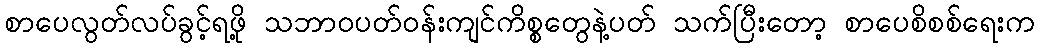
စာပေလွတ်လပ်ခွင့်ရဖို့ သဘာဝပတ်ဝန်းကျင်ကိစ္စတွေနဲ့ပတ် သက်ပြီးတော့ စာပေစိစစ်ရေးက